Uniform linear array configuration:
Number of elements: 48
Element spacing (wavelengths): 0.25
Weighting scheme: hamming
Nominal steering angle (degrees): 0
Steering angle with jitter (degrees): -0.5956
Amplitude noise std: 0.05
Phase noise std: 0.05

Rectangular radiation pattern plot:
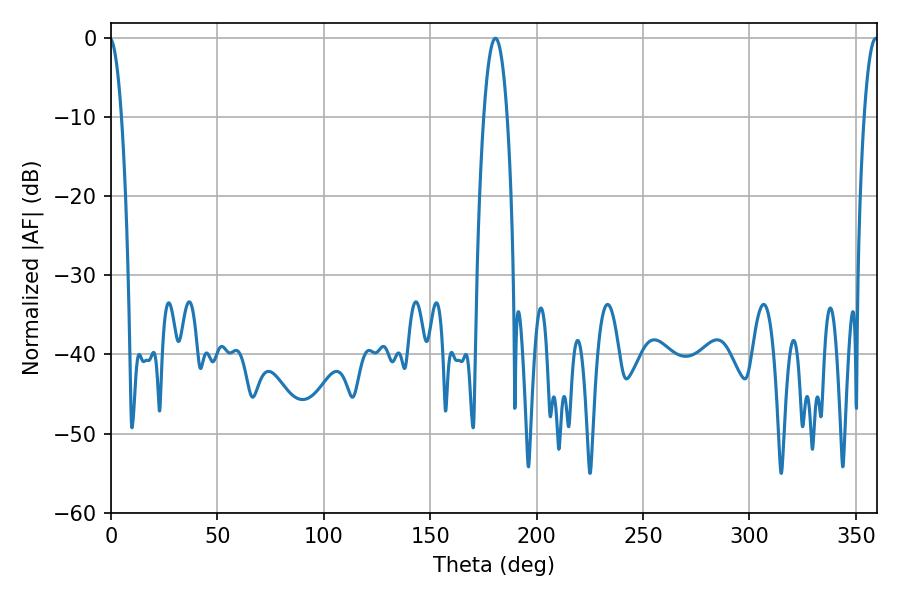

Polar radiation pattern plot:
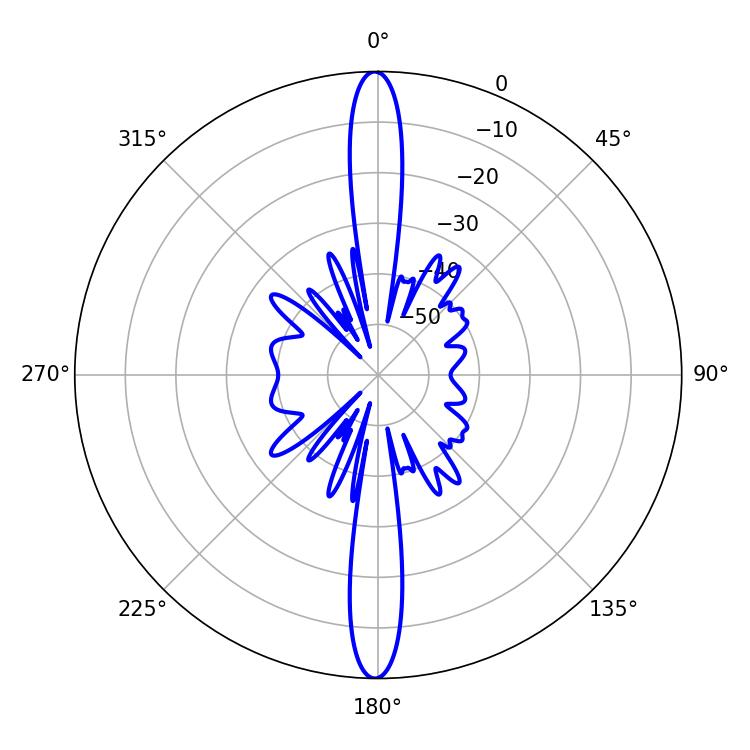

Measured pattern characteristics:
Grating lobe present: FALSE
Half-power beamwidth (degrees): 3.6
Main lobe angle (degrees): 359.28